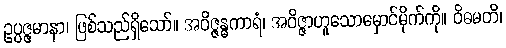
ဥပ္ပဇ္ဇမာနာ၊ ဖြစ်သည်ရှိသော်။ အဝိဇ္ဇန္ဓကာရံ၊ အဝိဇ္ဇာဟူသောမှောင်မိုက်ကို။ ဝိဓမတိ၊